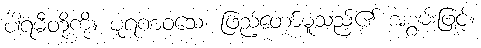
ပါရမီတို့ကို။ ပူရဏဝသေ၊ ဖြည့်တော်မူသည်၏ အစွမ်းဖြင့်။